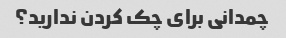
چمدانی برای چک کردن ندارید؟